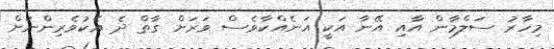
މިހާރު ސަލްމާން އާއި އޭނާ އަކީ އަނެއްކާވެސް ވަރަށް ގާތް ދެ އެކުވެރިންނަށް